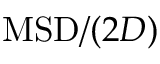
\mathrm { M S D } / ( 2 D )